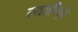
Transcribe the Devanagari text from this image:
त्याहीपुढे